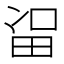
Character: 𱰯